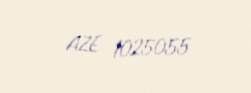
AZE 1025055